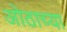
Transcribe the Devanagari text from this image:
ओठाच्या